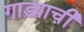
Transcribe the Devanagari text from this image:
गाड्याची